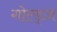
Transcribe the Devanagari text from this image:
गोल्ड्ज़